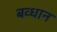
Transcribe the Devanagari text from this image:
बव्धान